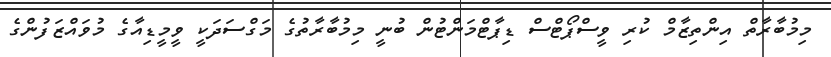
މިމުބާރާތް އިންތިޒާމް ކުރި ވީސްޕޯޓްސް ޑިޕާޓްމަންޓުން ބުނީ މިމުބާރާތުގެ މަގްސަދަކީ ވީމީޑިއާގެ މުވައްޒަފުންގެ